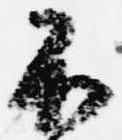
不